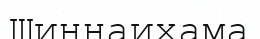
Шиннаихама